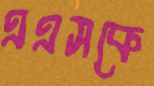
এএসকে